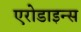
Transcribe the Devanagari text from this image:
एरोडाइन्स